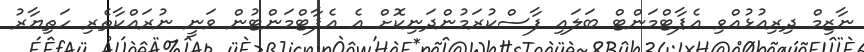
ނާޒިމް ދިރިއުޅުއްވި އެޕާޓްމަންޓް ބަލައި ފާސްކުރަމުންދަނިކޮށް އެ އެޕާޓްމަންޓުން ވަނީ ނުރައްކާތެރި ހަތިޔާރު